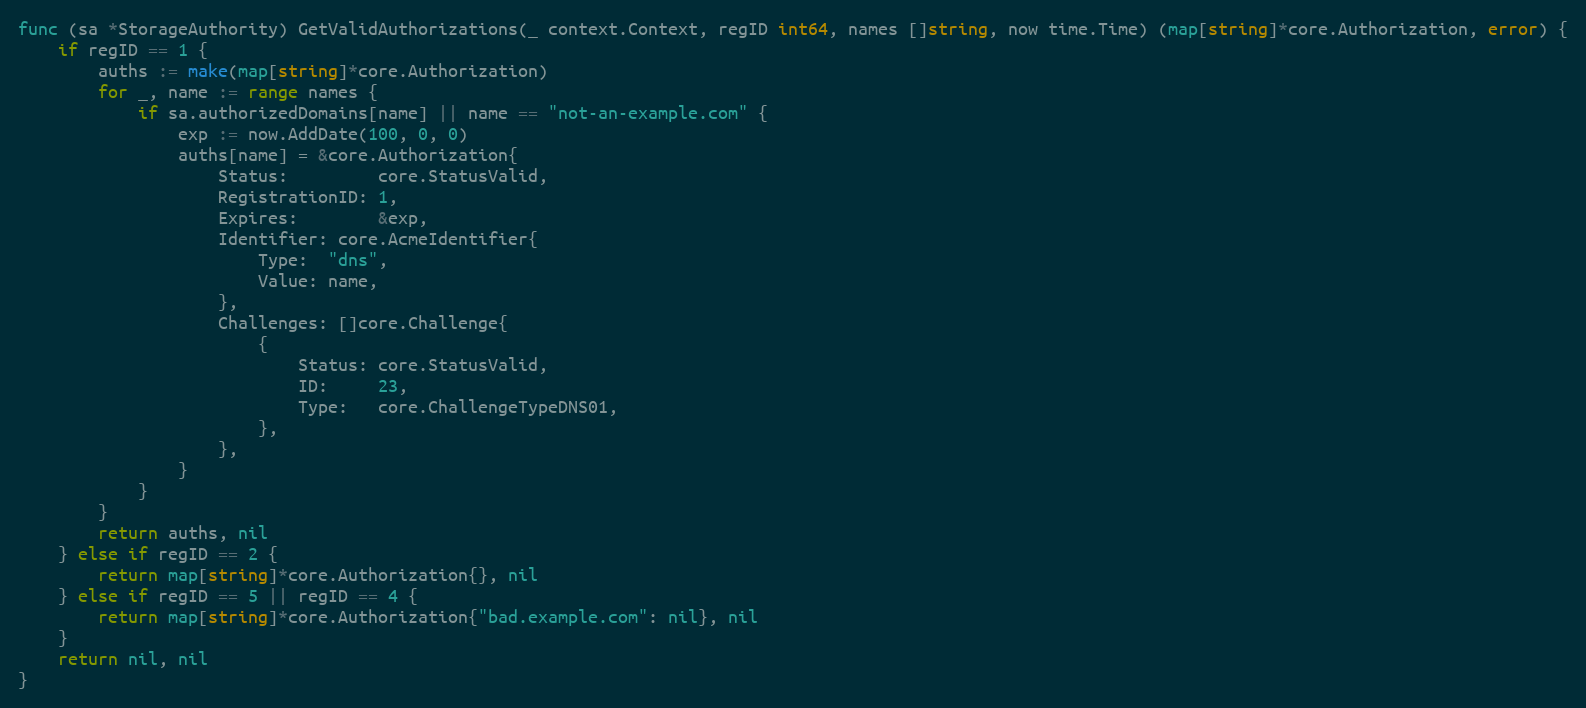
Language: Go
func (sa *StorageAuthority) GetValidAuthorizations(_ context.Context, regID int64, names []string, now time.Time) (map[string]*core.Authorization, error) {
	if regID == 1 {
		auths := make(map[string]*core.Authorization)
		for _, name := range names {
			if sa.authorizedDomains[name] || name == "not-an-example.com" {
				exp := now.AddDate(100, 0, 0)
				auths[name] = &core.Authorization{
					Status:         core.StatusValid,
					RegistrationID: 1,
					Expires:        &exp,
					Identifier: core.AcmeIdentifier{
						Type:  "dns",
						Value: name,
					},
					Challenges: []core.Challenge{
						{
							Status: core.StatusValid,
							ID:     23,
							Type:   core.ChallengeTypeDNS01,
						},
					},
				}
			}
		}
		return auths, nil
	} else if regID == 2 {
		return map[string]*core.Authorization{}, nil
	} else if regID == 5 || regID == 4 {
		return map[string]*core.Authorization{"bad.example.com": nil}, nil
	}
	return nil, nil
}